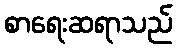
စာရေးဆရာသည်